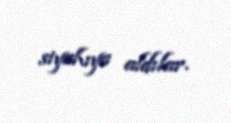
siyahıya aldılar.